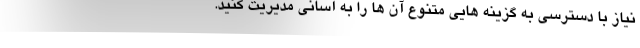
نیاز با دسترسی به گزینه هایی متنوع آن ها را به آسانی مدیریت کنید.